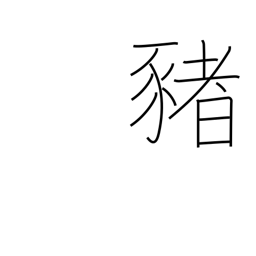
Meaning: pig